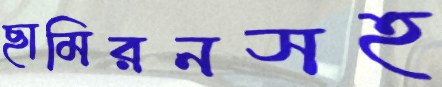
ছামিরনসহ